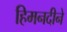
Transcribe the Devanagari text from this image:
हिमनदीने